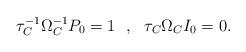
LaTeX: \begin{align*}\tau_C^{-1}\Omega_C^{-1}P_0=1~~,~~\tau_C\Omega_CI_0=0.\end{align*}